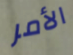
الأمر